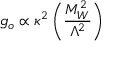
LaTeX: g _ { o } \propto \kappa ^ { 2 } \left( { \frac { M _ { W } ^ { 2 } } { \Lambda ^ { 2 } } } \right)